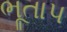
ભૂતાપ